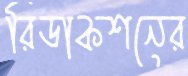
রিডাকশনের